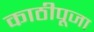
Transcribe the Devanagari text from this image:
काठीपूजा